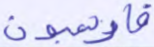
فارهبون